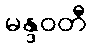
မန္ဒဝတီ